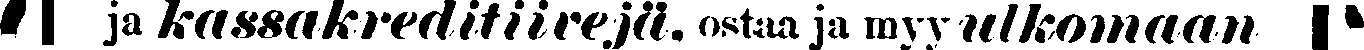
# ja kassakreditiivejä, ostaa ja myy ulkomaan #